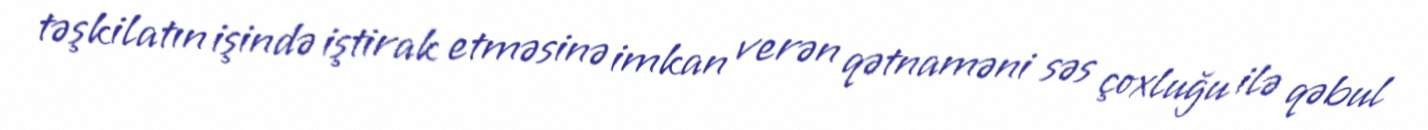
təşkilatın işində iştirak etməsinə imkan verən qətnaməni səs çoxluğu ilə qəbul